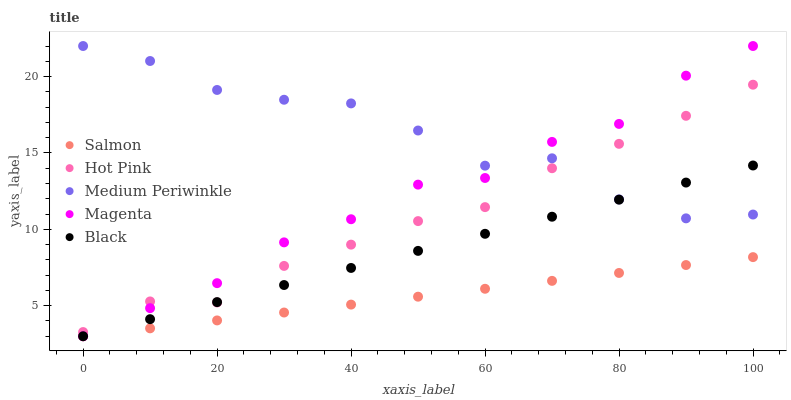
| xaxis_label | Salmon | Hot Pink | Medium Periwinkle | Magenta | Black |
 | --- | --- | --- | --- | --- | --- |
 | 0 | 3 | 3.28 | 22 | 3 | 3 |
 | 10 | 3.52 | 5.28 | 21 | 4.84 | 4.12 |
 | 20 | 4.04 | 5.21 | 19.1 | 6.48 | 5.24 |
 | 30 | 4.55 | 7.61 | 18.5 | 9.15 | 6.35 |
 | 40 | 5.07 | 9 | 18.2 | 10.7 | 7.47 |
 | 50 | 5.59 | 10.5 | 16.5 | 12.9 | 8.59 |
 | 60 | 6.11 | 11.5 | 14.2 | 13.4 | 9.71 |
 | 70 | 6.63 | 14 | 14.6 | 15.7 | 10.8 |
 | 80 | 7.14 | 15.6 | 12 | 16.9 | 11.9 |
 | 90 | 7.66 | 17.4 | 10.7 | 20.1 | 13.1 |
 | 100 | 8.18 | 19.5 | 11 | 22 | 14.2 |